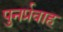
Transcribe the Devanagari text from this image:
पुनर्प्रवाह